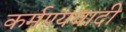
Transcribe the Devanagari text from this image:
कर्मण्यवादी